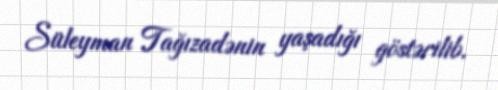
Süleyman Tağızadənin yaşadığı göstərilib.